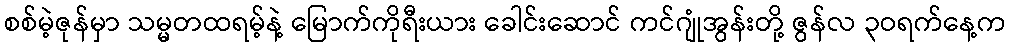
စစ်မဲ့ဇုန်မှာ သမ္မတထရမ့်နဲ့ မြောက်ကိုရီးယား ခေါင်းဆောင် ကင်ဂျုံအွန်းတို့ ဇွန်လ ၃ဝရက်နေ့က